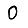
Digit: 0